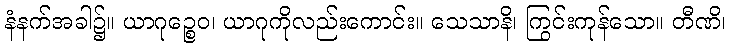
နံနက်အခါ၌။ ယာဂုဉ္စေဝ၊ ယာဂုကိုလည်းကောင်း။ သေသာနိ၊ ကြွင်းကုန်သော။ တီဏိ၊